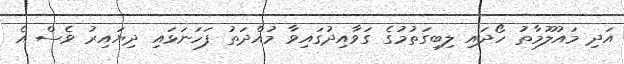
އަދި މައުލޫމާތު ހޯދައި ލިބިގަތުމުގެ ގަވާއިދުގައިވާ މުއްދަތު ފަހަނަޅައި ދިޔައިރު ވެސް އެ